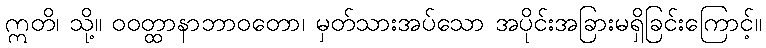
ဣတိ၊ သို့။ ဝဝတ္ထာနာဘာဝတော၊ မှတ်သားအပ်သော အပိုင်းအခြားမရှိခြင်းကြောင့်။